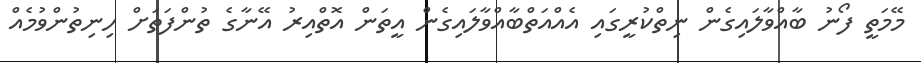
މޭމަތީ ފޯނު ބާއްވާލައިގެން ނިތްކުރީގައި އެއްއަތްބާއްވާލައިގެން އީތަން އޮތްއިރު އޭނާގެ ތުންފަތަށް ހިނިތުންވުމެއް